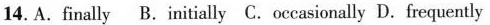
14.A.finally B.initially C.occasionally D. frequently